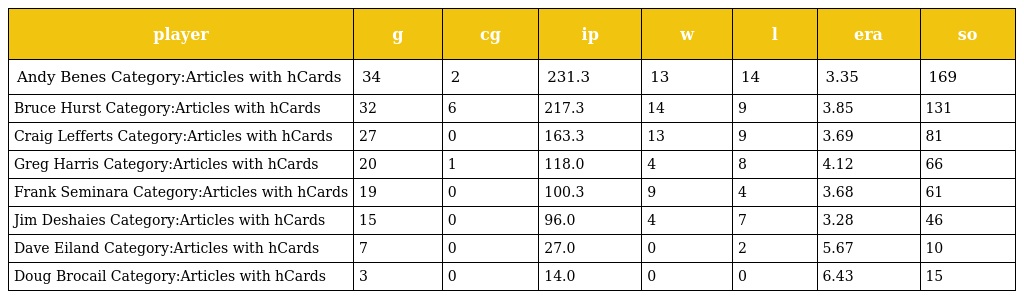
| player | g | cg | ip | w | l | era | so |
 | --- | --- | --- | --- | --- | --- | --- | --- |
 | Andy Benes Category:Articles with hCards | 34 | 2 | 231.3 | 13 | 14 | 3.35 | 169 |
 | Bruce Hurst Category:Articles with hCards | 32 | 6 | 217.3 | 14 | 9 | 3.85 | 131 |
 | Craig Lefferts Category:Articles with hCards | 27 | 0 | 163.3 | 13 | 9 | 3.69 | 81 |
 | Greg Harris Category:Articles with hCards | 20 | 1 | 118.0 | 4 | 8 | 4.12 | 66 |
 | Frank Seminara Category:Articles with hCards | 19 | 0 | 100.3 | 9 | 4 | 3.68 | 61 |
 | Jim Deshaies Category:Articles with hCards | 15 | 0 | 96.0 | 4 | 7 | 3.28 | 46 |
 | Dave Eiland Category:Articles with hCards | 7 | 0 | 27.0 | 0 | 2 | 5.67 | 10 |
 | Doug Brocail Category:Articles with hCards | 3 | 0 | 14.0 | 0 | 0 | 6.43 | 15 |